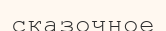
сказочное